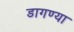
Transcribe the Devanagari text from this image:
डागण्या